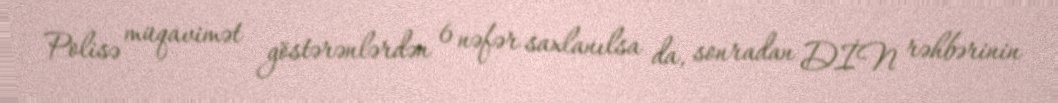
Polisə müqavimət göstərənlərdən 6 nəfər saxlanılsa da, sonradan DİN rəhbərinin